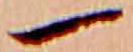
一